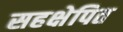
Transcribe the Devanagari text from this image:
सहक्षेपित